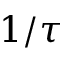
1 / \tau